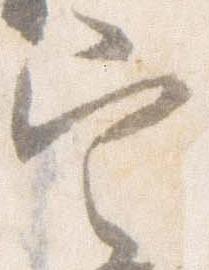
定